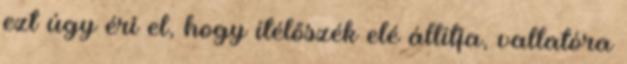
ezt úgy éri el, hogy ítélőszék elé állítja, vallatóra